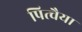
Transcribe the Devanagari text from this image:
पित्चैया